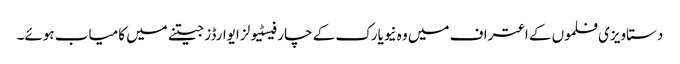
دستاویزی فلموں کے اعتراف میں وہ نیویارک کے چار فیسٹیولز ایوارڈز جیتنے میں کامیاب ہوئے۔